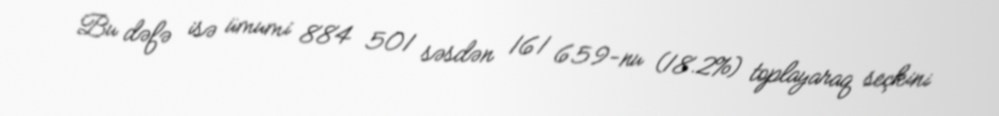
Bu dəfə isə ümumi 884 501 səsdən 161 659-nu (18.2%) toplayaraq seçkini